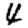
Digit: 4